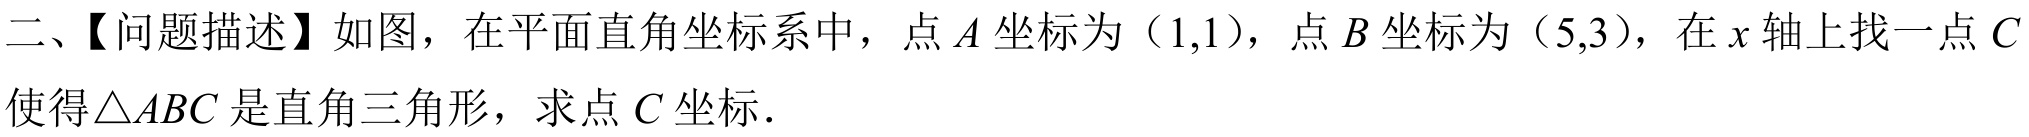
二、【问题描述】如图，在平面直角坐标系中，点\(A\)坐标为\((1,1)\)，点\(B\)坐标为\((5,3)\)，在\(x\)轴上找一点\(C\)使得\(\triangle ABC\)是直角三角形，求点\(C\)坐标.